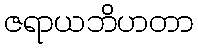
ဇရာယဘိဟတာ